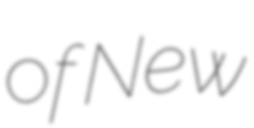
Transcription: of New